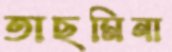
তাছমিনা